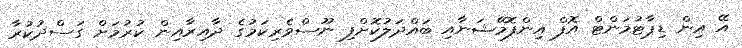
އޭ އިން ޑިޕާޓުމަންޓް އޮފް އިންފޮމޭޝަނާއި ބައްދަލުކޮށްފި ނޫސްވެރިކަމުގެ ދާއިރާއިން ކުރުމަށް ގަސްދުކުރާ